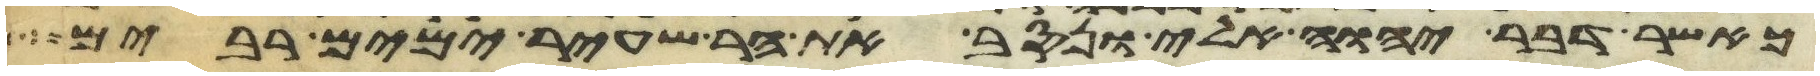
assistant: כאשר דבר יהוה אלי ונסב את הר שעיר ימים רבים